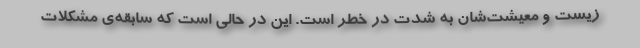
زیست و معیشت‌شان به شدت در خطر است. این در حالی است که سابقه‌ی مشکلات